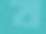
ব